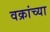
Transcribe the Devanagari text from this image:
वक्रांच्या